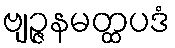
ဗျဉ္ဇနမတ္ထပဒံ